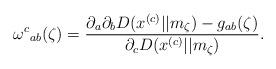
LaTeX: \begin{align*}{\omega^c}_{ab}(\zeta) =\frac{\partial_a \partial_b D(x^{(c)}||m_\zeta) - g_{ab}(\zeta)}{\partial_c D(x^{(c)}||m_\zeta)}.\end{align*}